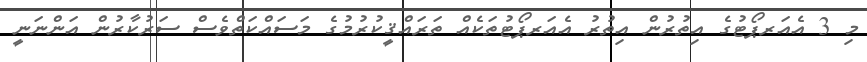
މި 3 އެއަރޕޯޓުގެ އިތުރުން އިތުރު އެއަރޕޯޓުތަކެއް ތަރައްޤީކުރުމުގެ މަސައްކަތްވެސް ސަރުކާރުން އަންނަނީ